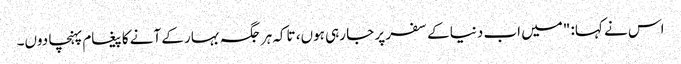
اس نے کہا: "میں اب دنیا کے سفر پر جا رہی ہوں، تاکہ ہر جگہ بہار کے آنے کا پیغام پہنچا دوں۔